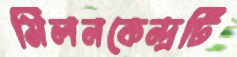
মিলনকেন্দ্রটি